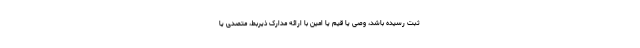
ثبت رسیده باشد، وصی یا قیم یا امین با ارائه مدارک ذیربط، متصدی یا